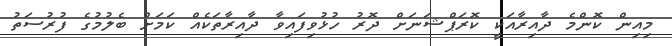
މިއިން ކޮންމެ ދާއިރާއަކީ ކޮރަޕްޝަނަށް ދޮރު ހުޅުވިފައިވާ ދާއިރާތަކެއް ކަމަށް ބެލުމުގެ ފުރުސަތު